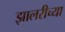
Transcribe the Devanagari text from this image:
झालरीच्या